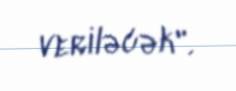
veriləcək".